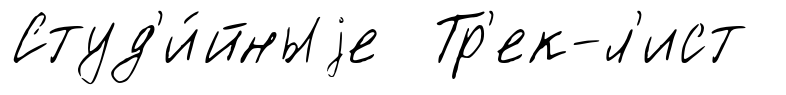
Студ'и́йныjе Тр'ек-л'ист